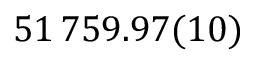
5 1 \, 7 5 9 . 9 7 ( 1 0 )